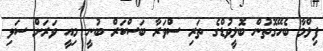
ފިލްމާ ބެހޭގޮތުން ބޮލީވުޑްގެ ތަރި ސްވަރާ ބަސްކަރް ބުނީ މިއީ ވަރަށް ސަޅި